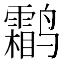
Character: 鹴